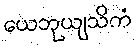
ယေဘုယျသိကံ